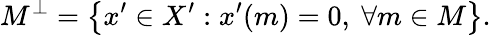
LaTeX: M^{\perp}=\left\{ x^{\prime}\in X^{\prime}:x^{\prime}(m)=0,\ \forall m\in M\right\} .